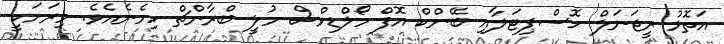
އަތޮޅު ރީޖަނަލް ހޮސްޕިޓަލާއި ބޭންކް އޮފް މޯލްޑިވްސް މުލީ ބްރާންޗް ހިމެނެއެވެ. މިރަށަކީ